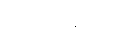
ရုပ်တွက်ပါ။]